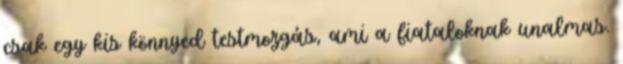
csak egy kis könnyed testmozgás, ami a fiataloknak unalmas.